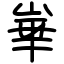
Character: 崋